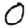
Digit: 0